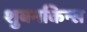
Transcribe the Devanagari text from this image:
शुबनकिन्स